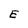
Character: E